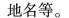
地名等。